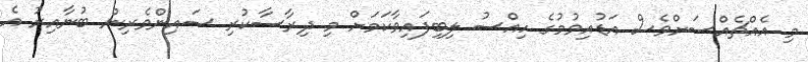
މި އެއްޗެއްސަށްވެސް އަޑުއިވުމުގެ ހިއްސު ލިބިފައިވާކަމަށް މި ދިރާސާކުރި ސައިންވެރިން ބުނާއިރު އެ